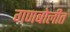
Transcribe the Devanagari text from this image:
गणबोलीत